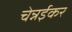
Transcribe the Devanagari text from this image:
चेन्नईकर